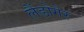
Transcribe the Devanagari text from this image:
लैंडोगेर